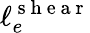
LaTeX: \ell_{e}^{\mathrm{~s~h~e~a~r~}}